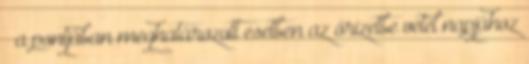
§ a pontjában meghatározott esetben az őrizetbe vétel napjához